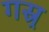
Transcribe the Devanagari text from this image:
गस्र्र